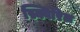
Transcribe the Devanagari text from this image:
स्क्विरिल